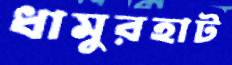
ধামুরহাট